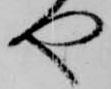
や